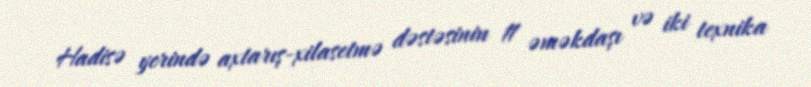
Hadisə yerində axtarış-xilasetmə dəstəsinin 11 əməkdaşı və iki texnika